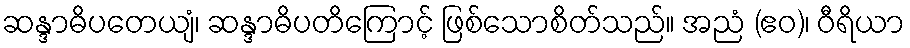
ဆန္ဒာဓိပတေယျံ၊ ဆန္ဒာဓိပတိကြောင့် ဖြစ်သောစိတ်သည်။ အညံ (ဧဝ)၊ ဝီရိယာ